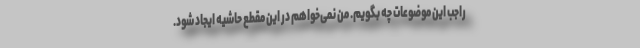
راجب این موضوعات چه بگویم. من نمی‌خواهم در این مقطع حاشیه ایجاد شود.